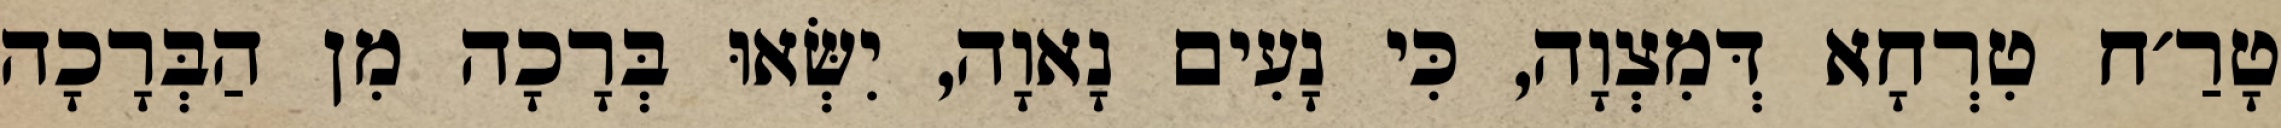
טָרַ׳ח טִרְחָא דְּמִצְוָה, כִּי נָעִים נָאוָה, יִשְּׂאוּ בְּרָכָה מִן הַבְּרָכָה